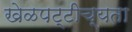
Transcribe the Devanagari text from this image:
खेळपट्टीच्यता